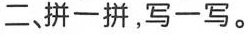
二、拼一拼，写一写。